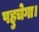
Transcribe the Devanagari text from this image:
पहुचेगा।